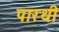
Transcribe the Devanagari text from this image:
पारथी